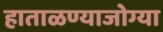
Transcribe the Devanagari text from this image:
हाताळण्याजोग्या